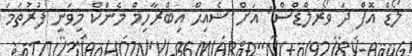
ލޯޑް އޮަފް ދަ ވޯރލްޑްސް" އަށް ޝެއިޙް އިބްރާހިމް މެންކް މިވަނީ ފުރުތަމަ